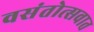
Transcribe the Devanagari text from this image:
वसंतोत्सवात